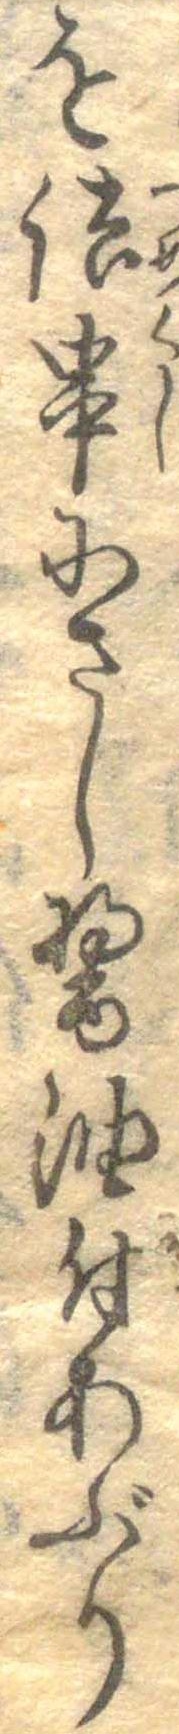
を詰串にさし醤油付あぶり